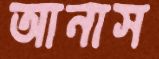
আনাস